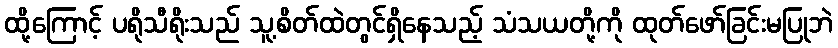
ထို့ကြောင့် ပရိုသီရိုးသည် သူ့စိတ်ထဲတွင်ရှိနေသည့် သံသယတို့ကို ထုတ်ဖော်ခြင်းမပြုဘဲ